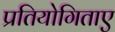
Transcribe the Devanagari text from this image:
प्रतियोगिताए